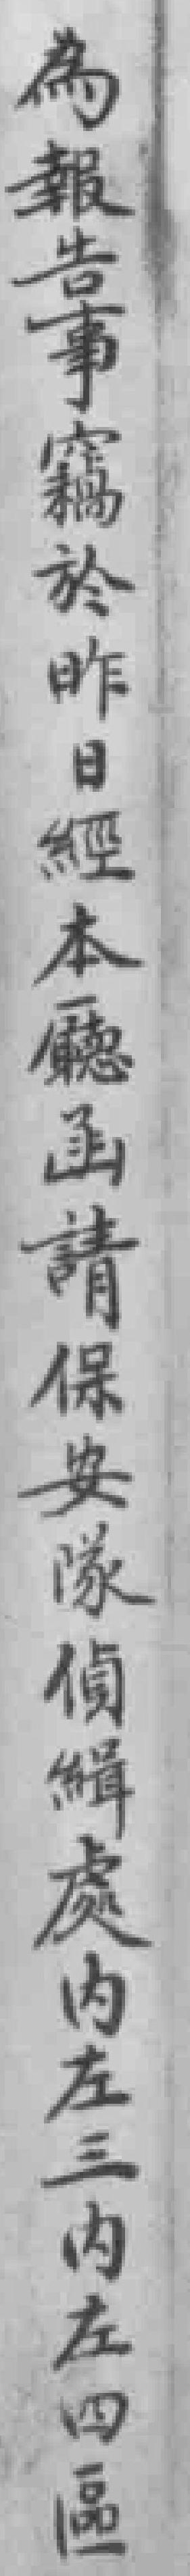
為報告事竊於昨日經本廳函請保安隊偵緝處内左三内左四區